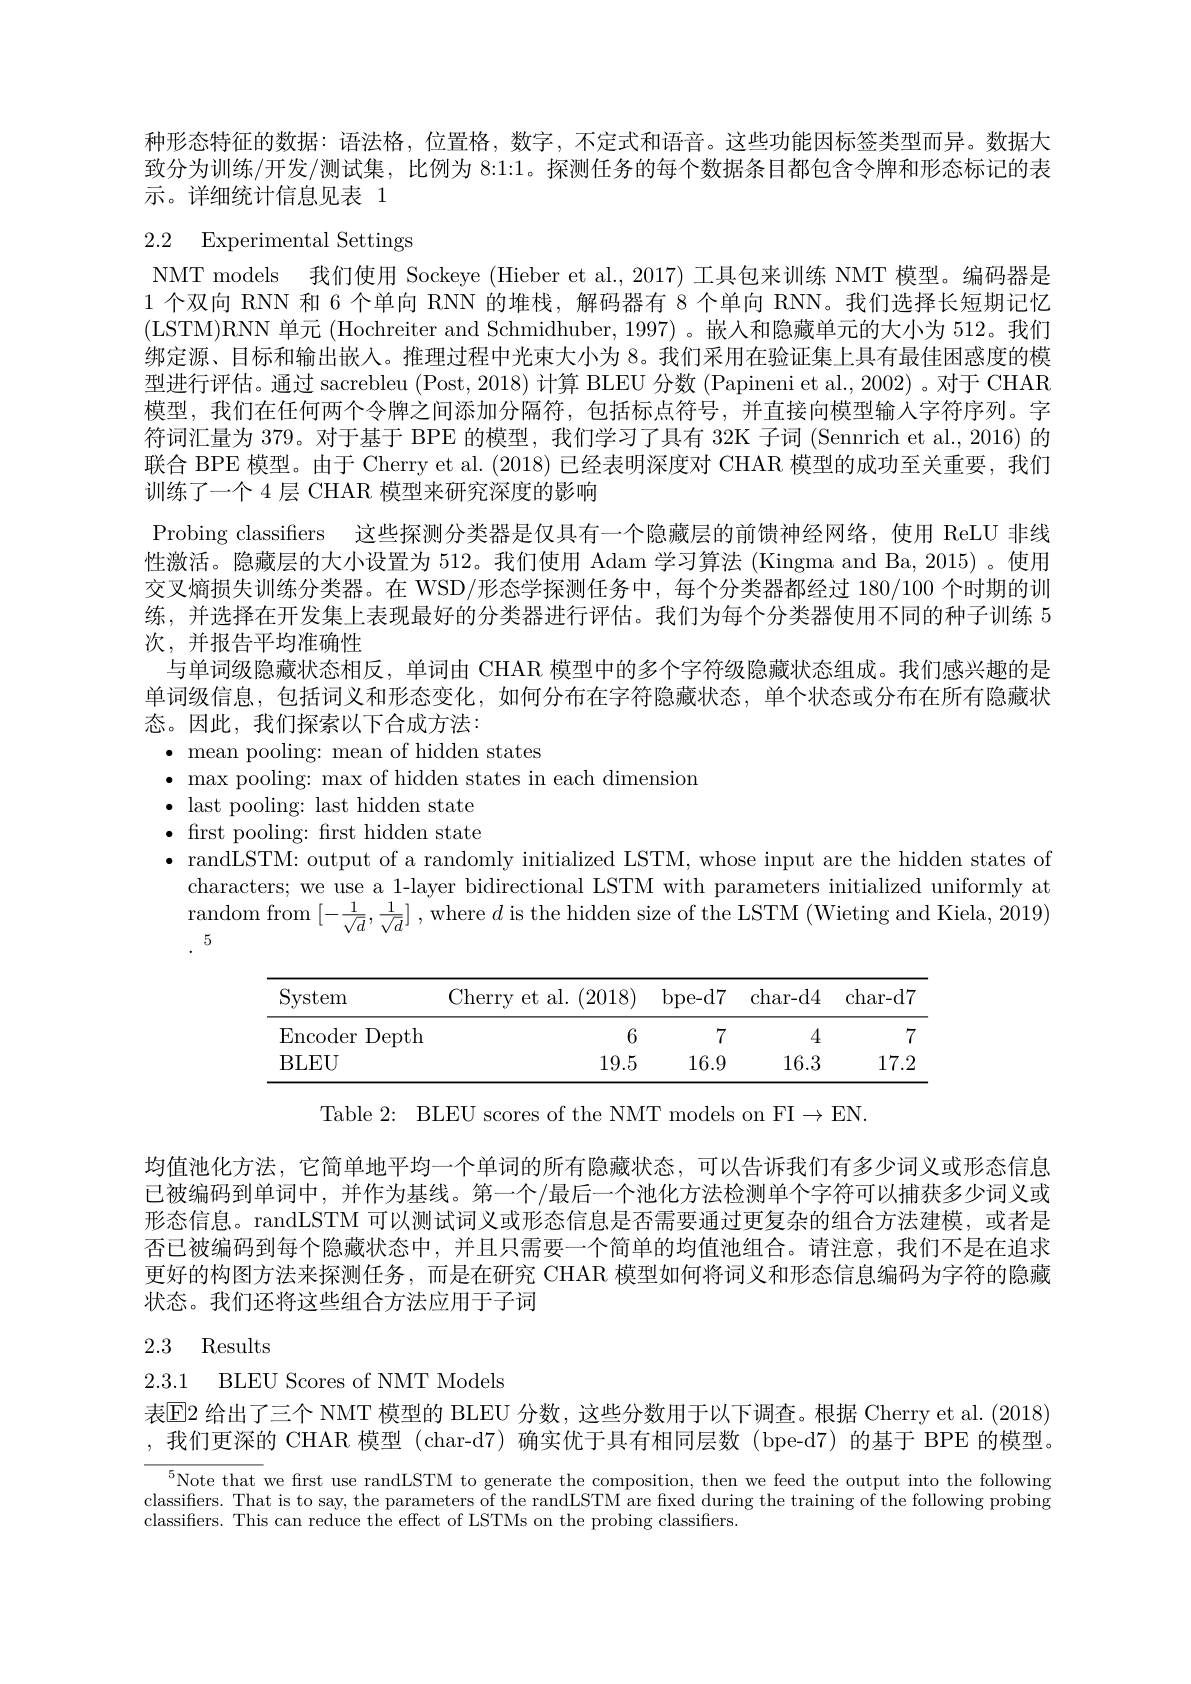
种形态特征的数据：语法格，位置格，数字，不定式和语音。这些功能因标签类型而异。数据大

# 2.2 Experimental Settings

致分为训练/开发/测试集，比例为 8:1:1。探测任务的每个数据条目都包含令牌和形态标记的表
示。详细统计信息见表 1
NMT models 我们使用 Sockeye (Hieber et al.,2017) 工具包来训练 NMT 模型。编码器是1 个双向 RNN 和 6 个单向 RNN 的堆栈，解码器有 8 个单向 RNN。我们选择长短期记忆(LSTM)RNN 单元 (Hochreiter and Schmidhuber, 1997) 。嵌人和隐藏单元的大小为 512。我们绑定源、目标和输出嵌人。推理过程中光束大小为 8。我们采用在验证集上具有最佳困惑度的模型进行评估。通过 sacrebleu (Post, 2018) 计算 BLEU 分数 (Papineni et al., 2002) 。对于 CHAR 模型，我们在任何两个令牌之间添加分隔符，包括标点符号，并直接向模型输人字符序列。字符词汇量为 379。对于基于 BPE 的模型，我们学习了具有 32K 子词 (Sennrich et al., 2016) 的联合 BPE 模型。由于 Cherry et al. (2018) 已经表明深度对 CHAR 模型的成功至关重要，我们训练了一个 4 层 CHAR 模型来研究深度的影响
Probing classifers 这些探测分类器是仅具有一个隐藏层的前馈神经网络，使用 ReLU 非线性激活。隐藏层的大小设置为 512。我们使用 Adam 学习算法 (Kingma and Ba, 2015) 。使用交叉熵损失训练分类器。在 WSD/形态学探测任务中，每个分类器都经过 180/100 个时期的训练，并选择在开发集上表现最好的分类器进行评估。我们为每个分类器使用不同的种子训练 5次，并报告平均准确性
与单词级隐藏状态相反，单词由 CHAR 模型中的多个字符级隐藏状态组成。我们感兴趣的是单词级信息，包括词义和形态变化，如何分布在字符隐藏状态，单个状态或分布在所有隐藏状态。因此，我们探索以下合成方法：
$\bullet$ mean pooling: mean of hidden states
$\bullet$ max pooling: max of hidden states in each dimension
$\bullet$ last pooling: last hidden state $\bullet$ first pooling: first hidden state $\bullet$ randLSTM: output of a randomly initialized LSTM, whose input are the hidden states of
characters; we use a 1-layer bidirectional LSTM with parameters initialized uniformly at $\begin{array}{c}\text{random from }[-\frac{1}{\sqrt{d}},\frac{1}{\sqrt{d}}]\:,\mathrm{~where~}d\text{ is the hidden size of the LSTM }(\text{Wieting and Kiela, 2019})\\5\end{array}$

<table>
	<tbody>
		<tr>
			<th>System</th>
			<th>${\mathrm{cherry~e}}$ et al.(2018)</th>
			<th>bpe- d7</th>
			<th>char- d4</th>
			<th>char- d7</th>
		</tr>
		<tr>
			<td>$\operatorname{Encoder}$ Depth</td>
			<td>6</td>
			<td>7</td>
			<td>4</td>
			<td>7</td>
		</tr>
		<tr>
			<td>BLEU</td>
			<td>19.5</td>
			<td>16.9</td>
			<td>16.3</td>
			<td>$17.`$</td>
		</tr>
	</tbody>
</table>

Table 2: BLEU scores of the NMT models on FI$\to$EN.

均值池化方法，它简单地平均一个单词的所有隐藏状态，可以告诉我们有多少词义或形态信息已被编码到单词中，并作为基线。第一个/最后一个池化方法检测单个字符可以捕获多少词义或形态信息。randLSTM 可以测试词义或形态信息是否需要通过更复杂的组合方法建模，或者是否已被编码到每个隐藏状态中，并且只需要一个简单的均值池组合。请注意，我们不是在追求更好的构图方法来探测任务，而是在研究 CHAR 模型如何将词义和形态信息编码为字符的隐藏状态。我们还将这些组合方法应用于子词

## 2.3 Results

2.3.1 BLEU Scores of NMT Models

表$\operatorname{E}$2 给出了三个 NMT 模型的 BLEU 分数，这些分数用于以下调查。根据 Cherry et al. (2018) ,我们更深的 CHAR 模型 (char-d7)确实优于具有相同层数(bpe-d7)的基于 BPE 的模型。

$^{5}$Note that we first use randLSTM to generate the composition, then we feed the output into the following classifers. That is to say, the parameters of the randLSTM are fxed during the training of the following probing classifiers. This can reduce the effect of LSTMs on the probing classifiers